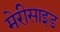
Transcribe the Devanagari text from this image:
मेरीसाइड